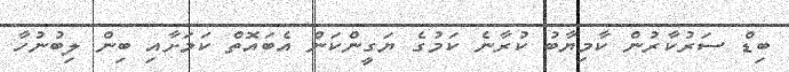
ބިޑް ސަރުކާރުން ކާމިޔާބު ކުރާނެ ކަމުގެ ޔަގީންކަން އެބައޮތް ކަމަށާއި ބިން ލިބުނުހާ